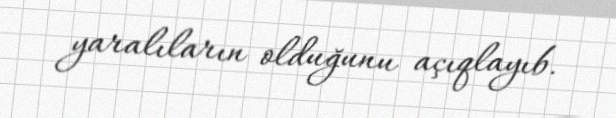
yaralıların olduğunu açıqlayıb.